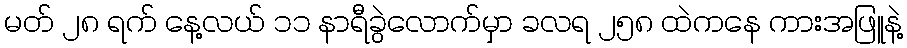
မတ် ၂၈ ရက် နေ့လယ် ၁၁ နာရီခွဲလောက်မှာ ခလရ ၂၅၈ ထဲကနေ ကားအဖြူနဲ့